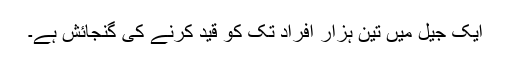
ایک جیل میں تین ہزار افراد تک کو قید کرنے کی گنجائش ہے۔